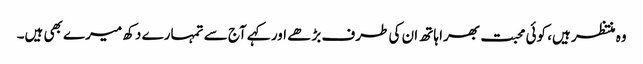
وہ منتظر ہیں، کوئی محبت بھرا ہاتھ ان کی طرف بڑھے اور کہے آج سے تمہارے دکھ میرے بھی ہیں۔